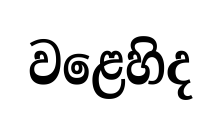
වළෙහිද